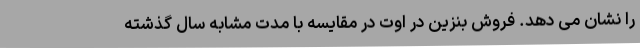
را نشان می دهد. فروش بنزین در اوت در مقایسه با مدت مشابه سال گذشته